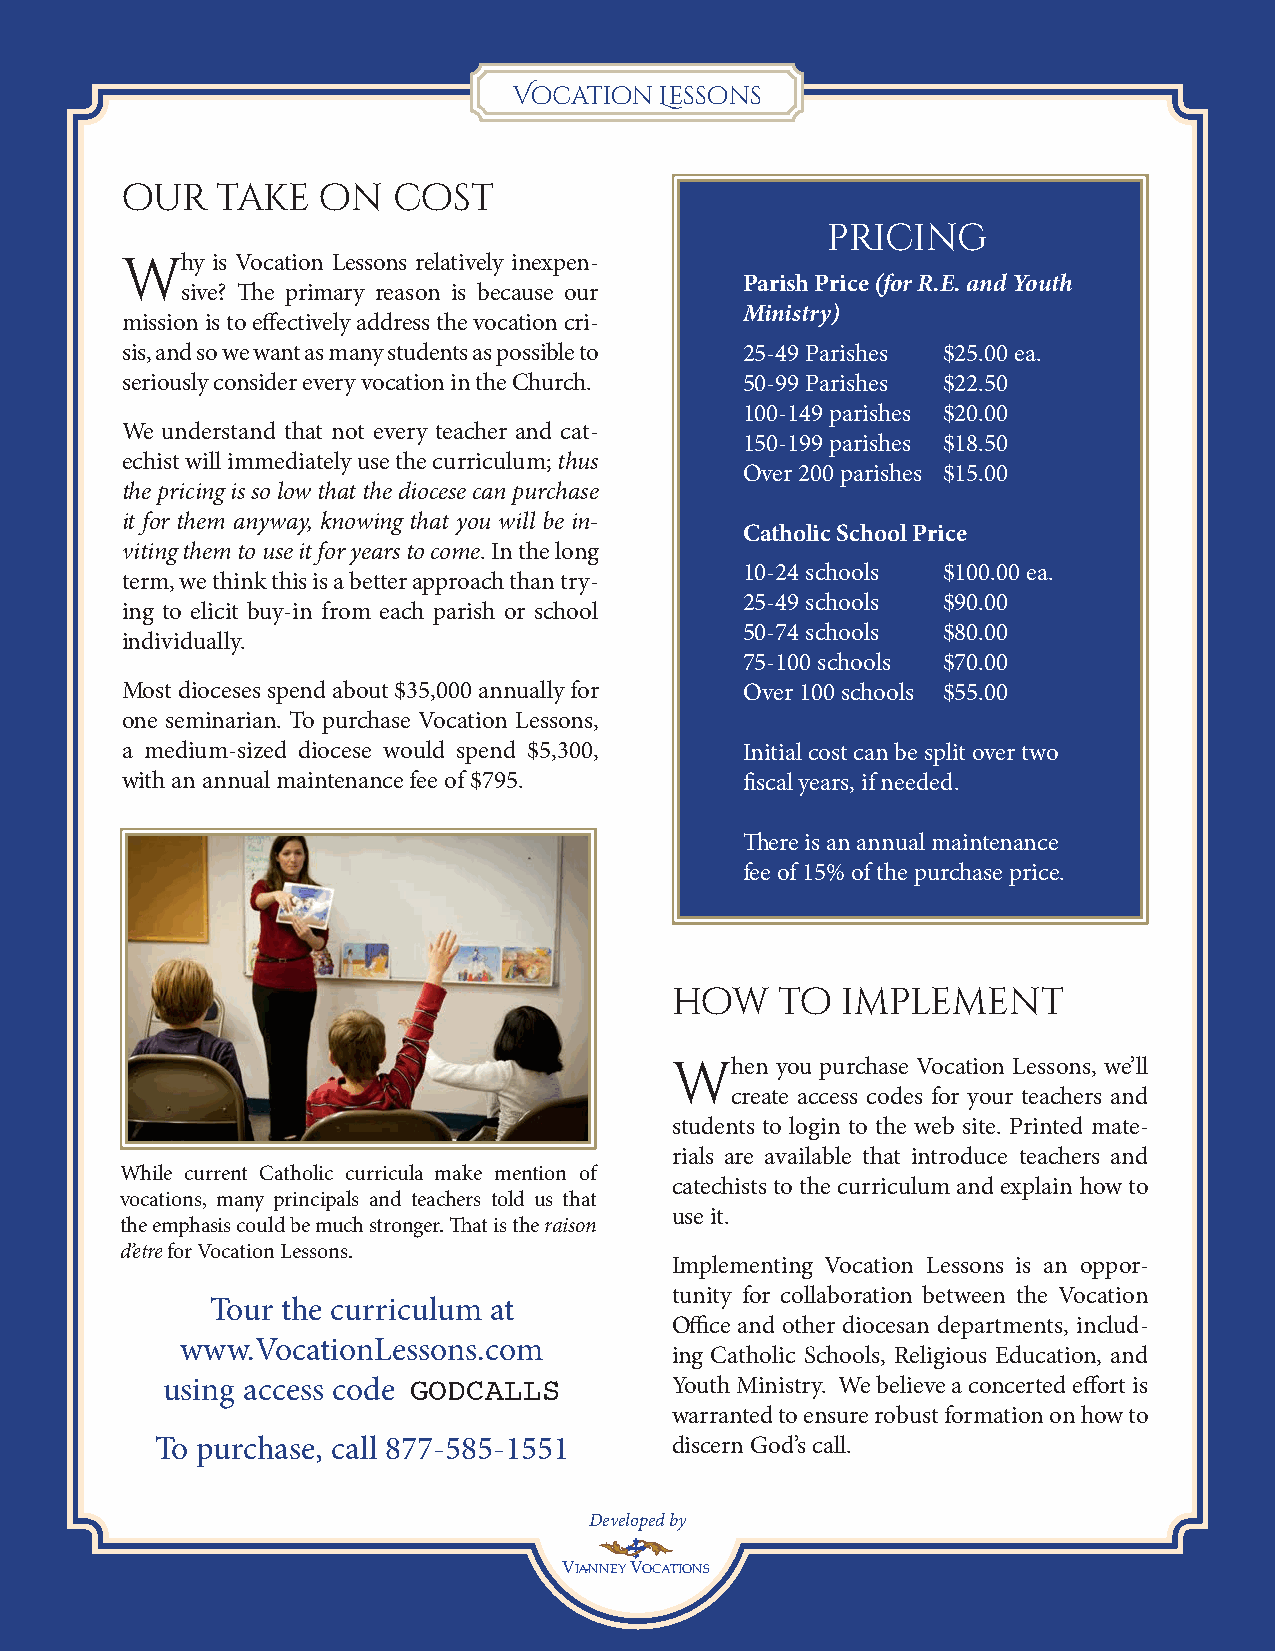
Vocation  Lessons
 our   take   on   cost
 pricing
 why   is Vocation Lessons relatively inexpen-
 Parish Price (for R.E. and Youth
 sive? The primary reason is because our
 Ministry)
 mission is to effectively address the vocation cri-
 sis, and so we want as many students as possible to 25-49 Parishes $25.00 ea.
 seriously consider every vocation in the Church. 50-99 Parishes $22.50
 100-149 parishes $20.00
 We understand that not every teacher and cat-
 150-199 parishes $18.50
 echist will immediately use the curriculum; thus
 Over 200 parishes $15.00
 the pricing is so low that the diocese can purchase
 it for them anyway, knowing that you will be in-
 Catholic School Price
 viting them to use it for years to come. In the long
 10-24 schools $100.00 ea.
 term, we think this is a better approach than try-
 25-49 schools $90.00
 ing to elicit buy-in from each parish or school
 50-74 schools $80.00
 individually.
 75-100 schools $70.00
 Most dioceses spend about $35,000 annually for Over 100 schools $55.00
 one seminarian. To purchase Vocation Lessons,
 a medium-sized diocese would spend $5,300, Initial cost can be split over two
 with an annual maintenance fee of $795.  fiscal years, if needed.
 There is an annual maintenance
 fee of 15% of the purchase price.
 how     to  implement
 when   you purchase Vocation Lessons, we’ll
 create access codes for your teachers and
 students to login to the web site. Printed mate-
 rials are available that introduce teachers and
 While current Catholic curricula make mention of
 catechists to the curriculum and explain how to
 vocations, many principals and teachers told us that
 use it.
 the emphasis could be much stronger. That is the raison
 d’etre for Vocation Lessons.
 Implementing Vocation Lessons is an oppor-
 tunity for collaboration between the Vocation
 Tour the curriculum at
 Office and other diocesan departments, includ-
 www.VocationLessons.com
 ing Catholic Schools, Religious Education, and
 using access code GODCALLS       Youth Ministry. We believe a concerted effort is
 warranted to ensure robust formation on how to
 To purchase, call 877-585-1551    discern God’s call.
 Developed by
 16                              VIANNEY VOCATIONS